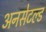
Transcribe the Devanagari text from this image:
अनसेटल्ड